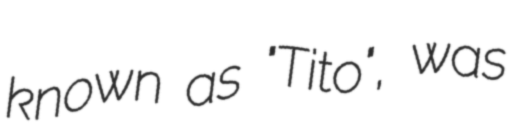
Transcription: known as "Tito", was